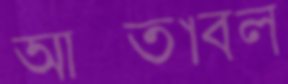
আস্তাবল